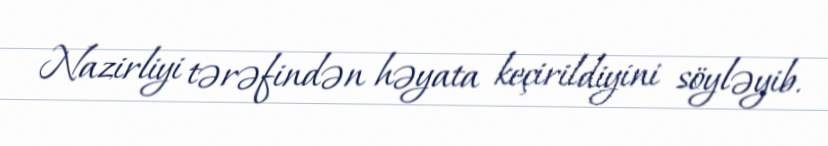
Nazirliyi tərəfindən həyata keçirildiyini söyləyib.